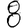
Digit: 8